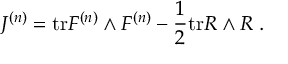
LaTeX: J ^ { ( n ) } = \mathrm { t r } F ^ { ( n ) } \wedge F ^ { ( n ) } - \frac { 1 } { 2 } \mathrm { t r } R \wedge R \; .